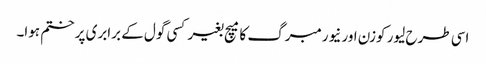
اسی طرح لیور کوزن اور نیورمبرگ کا میچ بغیر کسی گول کے برابری پر ختم ہوا۔